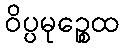
ဝိပ္ပမုဉ္စေထ